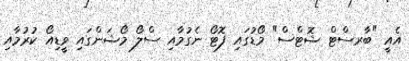
އެއީ "ބާރސްޓް ޝޮޓްސް" މޯޑުގައި ފޮޓޯ ނެގުމާއި ސްލޯ މޯޝަންގައި ވީޑިއޯ ކުރުމާއި